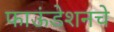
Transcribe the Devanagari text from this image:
फाऊंडेशनचे